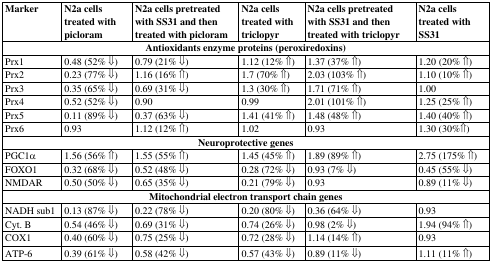
<table><thead><tr><td><b>Marker</b></td><td><b>N2a cells treated with picloram</b></td><td><b>N2a cells pretreated with SS31 and then treated with picloram</b></td><td><b>N2a cells treated with triclopyr</b></td><td><b>N2a cells pretreated with SS31 and then treated with triclopyr</b></td><td><b>N2a cells treated with SS31</b></td></tr></thead><tbody><tr><td colspan="6"><b>Antioxidants enzyme proteins (peroxiredoxins)</b></td></tr><tr><td>Prx1</td><td>0.48 (52% ⇓)</td><td>0.79 (21% ⇓)</td><td>1.12 (12% ⇑)</td><td>1.37 (37% ⇑)</td><td>1.20 (20% ⇑)</td></tr><tr><td>Prx2</td><td>0.23 (77% ⇓)</td><td>1.16 (16% ⇑)</td><td>1.7 (70% ⇑)</td><td>2.03 (103% ⇑)</td><td>1.10 (10% ⇑)</td></tr><tr><td>Prx3</td><td>0.35 (65% ⇓)</td><td>0.69 (31% ⇓)</td><td>1.3 (30% ⇑)</td><td>1.71 (71% ⇑)</td><td>1.00</td></tr><tr><td>Prx4</td><td>0.52 (52% ⇓)</td><td>0.90</td><td>0.99</td><td>2.01 (101% ⇑)</td><td>1.25 (25% ⇑)</td></tr><tr><td>Prx5</td><td>0.11 (89% ⇓)</td><td>0.37 (63% ⇓)</td><td>1.41 (41% ⇑)</td><td>1.48 (48% ⇑)</td><td>1.40 (40% ⇑)</td></tr><tr><td>Prx6</td><td>0.93</td><td>1.12 (12% ⇑)</td><td>1.02</td><td>0.93</td><td>1.30 (30%⇑)</td></tr><tr><td colspan="6"><b>Neuroprotective genes</b></td></tr><tr><td>PGC1α</td><td>1.56 (56% ⇑)</td><td>1.55 (55% ⇑)</td><td>1.45 (45% ⇑)</td><td>1.89 (89% ⇑)</td><td>2.75 (175% ⇑)</td></tr><tr><td>FOXO1</td><td>0.32 (68% ⇓)</td><td>0.52 (48% ⇓)</td><td>0.28 (72% ⇓)</td><td>0.93 (7% ⇓)</td><td>0.45 (55% ⇓)</td></tr><tr><td>NMDAR</td><td>0.50 (50% ⇓)</td><td>0.65 (35% ⇓)</td><td>0.21 (79% ⇓)</td><td>0.93</td><td>0.89 (11% ⇓)</td></tr><tr><td colspan="6"><b>Mitochondrial electron transport chain genes</b></td></tr><tr><td>NADH sub1</td><td>0.13 (87% ⇓)</td><td>0.22 (78% ⇓)</td><td>0.20 (80% ⇓)</td><td>0.36 (64% ⇓)</td><td>0.93</td></tr><tr><td>Cyt. B</td><td>0.54 (46% ⇓)</td><td>0.69 (31% ⇓)</td><td>0.74 (26% ⇓)</td><td>0.98 (2% ⇓)</td><td>1.94 (94% ⇑)</td></tr><tr><td>COX1</td><td>0.40 (60% ⇓)</td><td>0.75 (25% ⇓)</td><td>0.72 (28% ⇓)</td><td>1.14 (14% ⇑)</td><td>0.93</td></tr><tr><td>ATP-6</td><td>0.39 (61% ⇓)</td><td>0.58 (42% ⇓)</td><td>0.57 (43% ⇓)</td><td>0.89 (11% ⇓)</td><td>1.11 (11% ⇑)</td></tr></tbody></table>